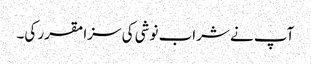
آپ نے شراب نوشی کی سزا مقرر کی۔